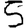
Digit: 5